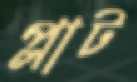
প্লাট